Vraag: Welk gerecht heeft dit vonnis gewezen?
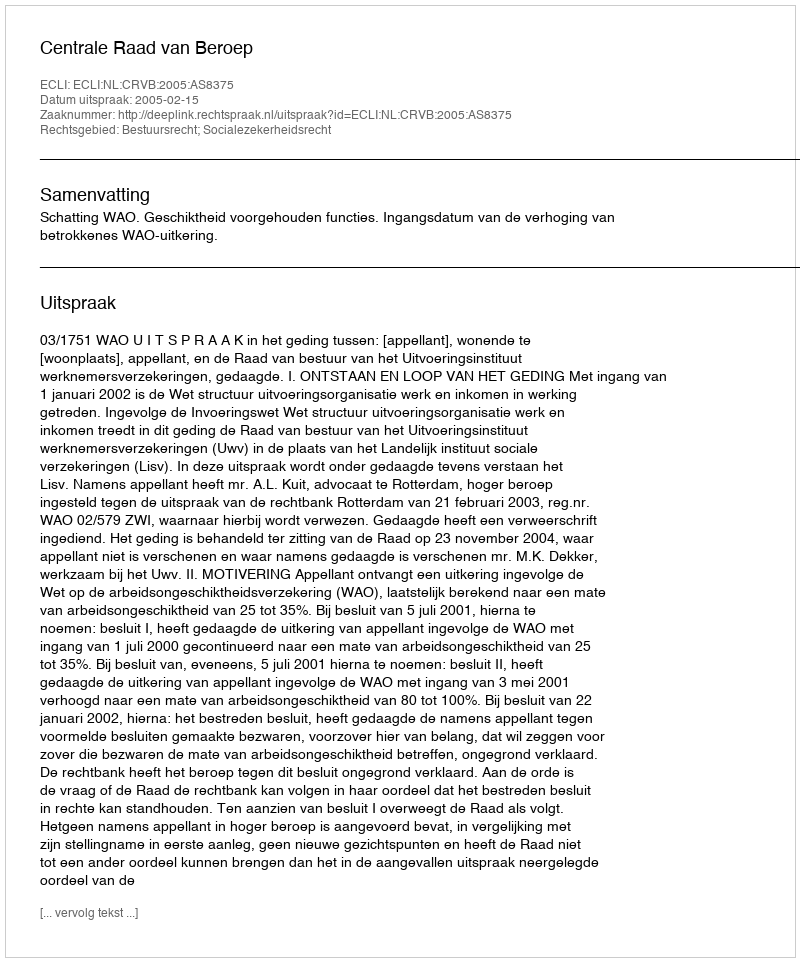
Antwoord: Centrale Raad van Beroep